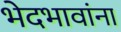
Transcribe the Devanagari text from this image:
भेदभावांना